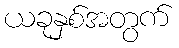
ယခုနှစ်အတွက်